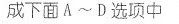
成下面A~D选项中